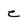
Character: e